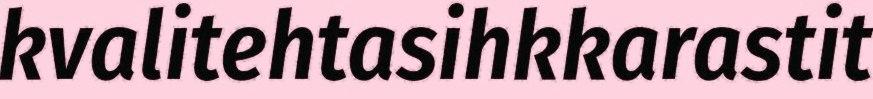
kvalitehtasihkkarastit